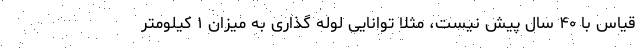
قیاس با ۴۰ سال پیش نیست، مثلا توانایی لوله گذاری به میزان ۱ کیلومتر